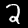
Digit: 2